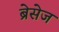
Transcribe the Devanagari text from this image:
ब्रेसेज